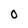
Character: O